Leaving Certificate Examination, 1923
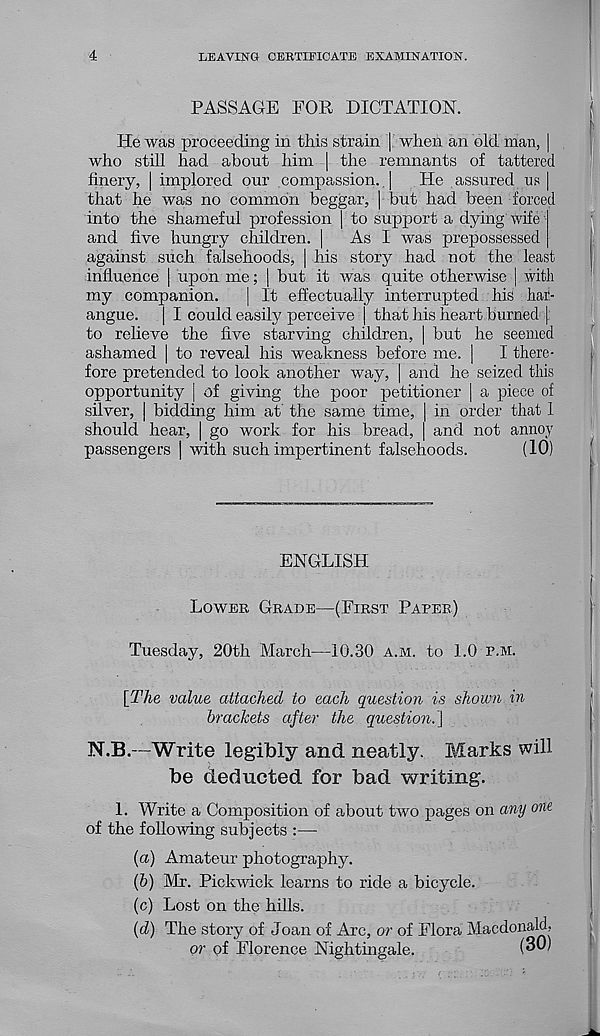
4
LEAVING CERTIFICATE EXAMINATION.
PASSAGE FOR DICTATION.
He was proceeding in this strain | when an old man, |
who still had about him | the remnants of tattered
finery, | implored our compassion.. | He assured us |
that he was no common beggar, | but had been forced
into the shameful profession | to support a dying wife
and five hungry children. | As I was prepossessed
against such falsehoods, | his story had not the least
influence | upon me; | but it was quite otherwise | with
my companion. | It effectually interrupted his har-
angue. | I could easily perceive | that his heart burned |
to relieve the five starving children, | but he seemed
ashamed | to reveal his weakness before me. | I there-
fore pretended to look another way, | and he seized this
opportunity [ of giving the poor petitioner | a piece of
silver, | bidding him at the same time, | in order that 1
should hear, | go work for his bread, | and not annoy
passengers | with such impertinent falsehoods.
(10)
ENGLISH
LOWEB GBADE—(FIBST PAPEB)
Tuesday, 20th March—10.30 A.M. to 1.0 P.M.
[The value attached to each question is shown, in
brackets after the question.]
N.B.—Write legibly and neatly. Marks will
be deducted for bad writing.
1. Write a Composition of about two pages on any one
of the following subjects :—
{a) Amateur photography.
(6) Mr. Pickwick learns to ride a bicycle.
(c) Lost on the hills.
{d) The story of Joan of Arc, or of Flora Macdonald,
or of Florence Nightingale.
(30)